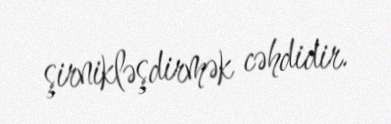
şirnikləşdirmək cəhdidir.